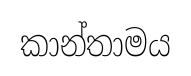
කාන්තාමය